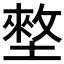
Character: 𡑃